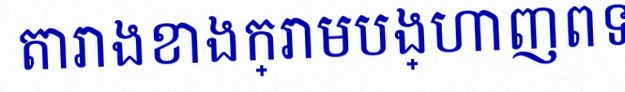
តារាងខាងក្រោមបង្ហាញពីទិន្នន័យ